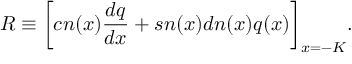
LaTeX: R \equiv \bigg [ c n ( x ) \frac { d q } { d x } + s n ( x ) d n ( x ) q ( x ) \bigg ] _ { x = - K } .